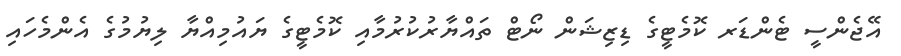
އޭޖެންސީ ޓެންޑަރ ކޮމެޓީގެ ޑިޒިޝަން ނޯޓް ތައްޔާރުކުރުމާއި ކޮމެޓީގެ ޔައުމިއްޔާ ލިޔުމުގެ އެންމެހައި